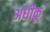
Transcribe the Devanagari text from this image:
अधीकू